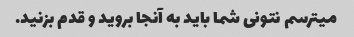
میترسم نتونی شما باید به آنجا بروید و قدم بزنید.